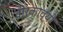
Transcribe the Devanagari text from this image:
वीरकाव्यों